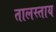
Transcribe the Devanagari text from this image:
तालस्ताय